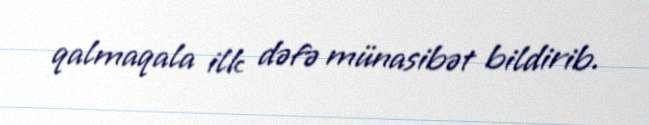
qalmaqala ilk dəfə münasibət bildirib.